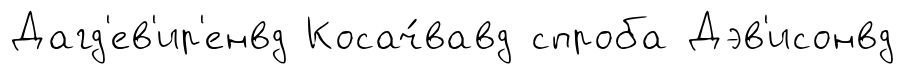
Дагд'ев'ир'енвд Косач́вавд спроба Дэв'исонвд